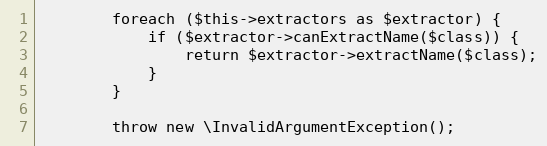
Language: PHP
        foreach ($this->extractors as $extractor) {
            if ($extractor->canExtractName($class)) {
                return $extractor->extractName($class);
            }
        }

        throw new \InvalidArgumentException();